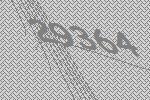
29364